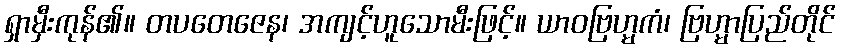
ရှာမှီးကုန်၏။ တပတေဇေန၊ အကျင့်ဟူသောမီးဖြင့်။ ယာဝဗြဟ္မကံ၊ ဗြဟ္မာပြည်တိုင်